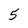
Character: 5